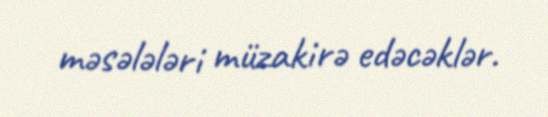
məsələləri müzakirə edəcəklər.